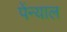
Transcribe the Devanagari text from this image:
पेंन्याल